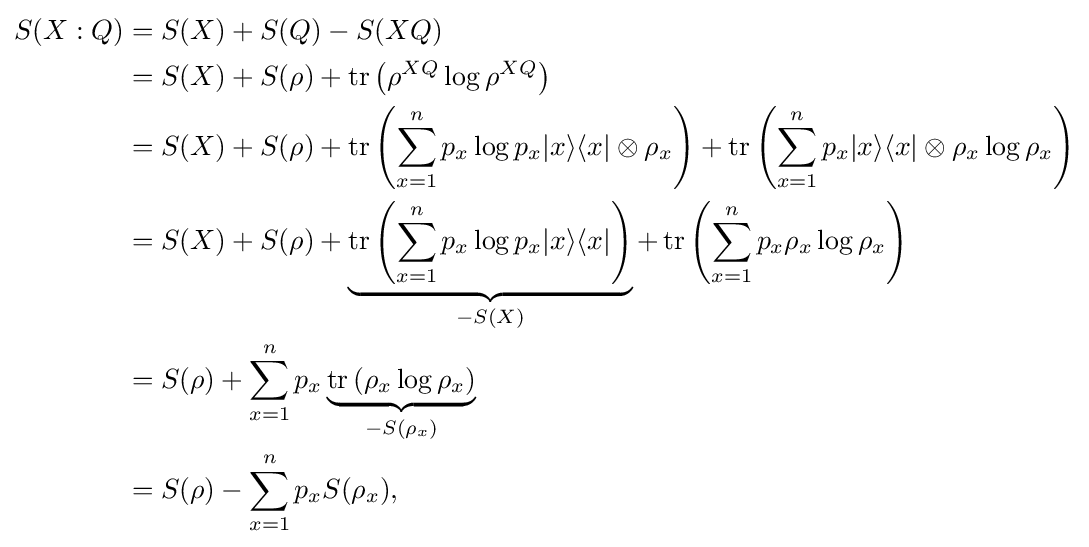
{\begin{aligned}S(X:Q)&=S(X)+S(Q)-S(XQ)\\&=S(X)+S(\rho )+\operatorname {tr} \left(\rho ^{XQ}\log \rho ^{XQ}\right)\\&=S(X)+S(\rho )+\operatorname {tr} \left(\sum _{x=1}^{n}p_{x}\log p_{x}|x\rangle \langle x|\otimes \rho _{x}\right)+\operatorname {tr} \left(\sum _{x=1}^{n}p_{x}|x\rangle \langle x|\otimes \rho _{x}\log \rho _{x}\right)\\&=S(X)+S(\rho )+\underbrace {\operatorname {tr} \left(\sum _{x=1}^{n}p_{x}\log p_{x}|x\rangle \langle x|\right)} _{-S(X)}+\operatorname {tr} \left(\sum _{x=1}^{n}p_{x}\rho _{x}\log \rho _{x}\right)\\&=S(\rho )+\sum _{x=1}^{n}p_{x}\underbrace {\operatorname {tr} \left(\rho _{x}\log \rho _{x}\right)} _{-S(\rho _{x})}\\&=S(\rho )-\sum _{x=1}^{n}p_{x}S(\rho _{x}),\end{aligned}}